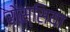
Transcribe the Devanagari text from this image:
रोस्सिया